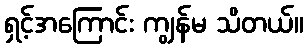
ရှင့်အကြောင်း ကျွန်မ သိတယ်။